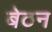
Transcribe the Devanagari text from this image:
बेठन